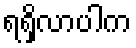
ရရှိလာပါက